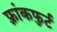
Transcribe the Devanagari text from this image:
फ़्रांकफुर्ट